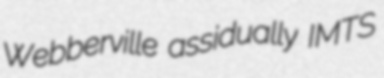
Webberville assidually IMTS